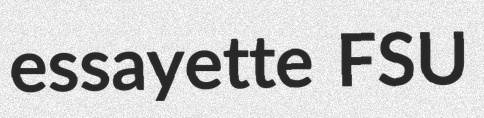
essayette FSU